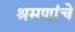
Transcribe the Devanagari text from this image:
श्रमणांचे